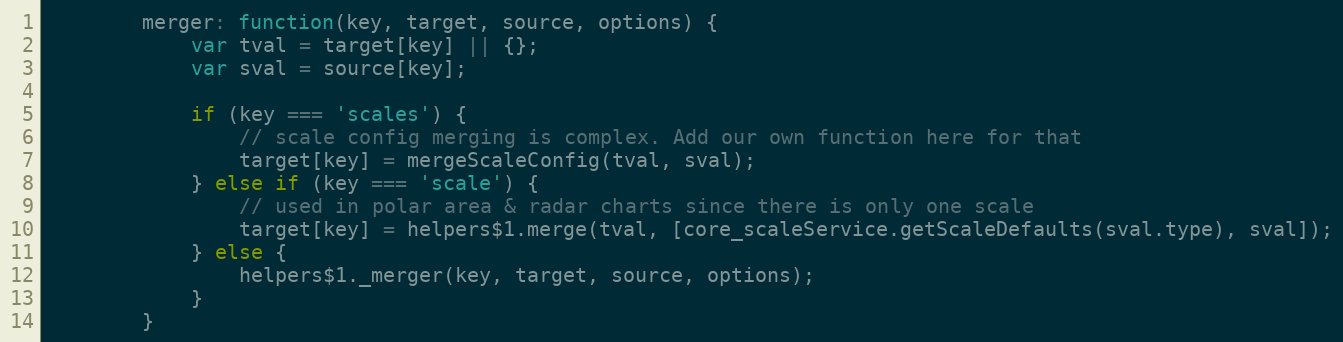
Language: JavaScript
		merger: function(key, target, source, options) {
			var tval = target[key] || {};
			var sval = source[key];

			if (key === 'scales') {
				// scale config merging is complex. Add our own function here for that
				target[key] = mergeScaleConfig(tval, sval);
			} else if (key === 'scale') {
				// used in polar area & radar charts since there is only one scale
				target[key] = helpers$1.merge(tval, [core_scaleService.getScaleDefaults(sval.type), sval]);
			} else {
				helpers$1._merger(key, target, source, options);
			}
		}